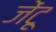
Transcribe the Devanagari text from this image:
जेंटू